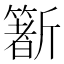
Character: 𣃑